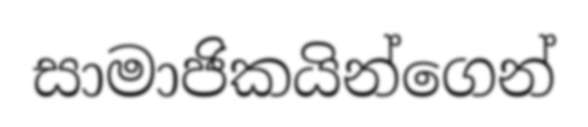
සාමාජිකයින්ගෙන්